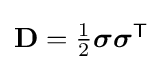
{\textstyle \mathbf {D} ={\frac {1}{2}}{\boldsymbol {\sigma \sigma }}^{\mathsf {T}}}